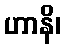
ဟာနိ၊